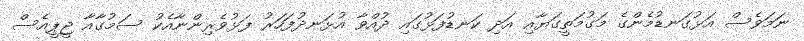
ނަމަވެސް އަޅުގަނޑުމެންގެ މަގުމަތީގަޔާއި އަދި ކަނޑުފަޅުގައި ދުއްވާ އުޅަނދުފަހަރު ފަޅުވެރިންނާއެކު ސަމުގާއާ ޖީޕީއެސް